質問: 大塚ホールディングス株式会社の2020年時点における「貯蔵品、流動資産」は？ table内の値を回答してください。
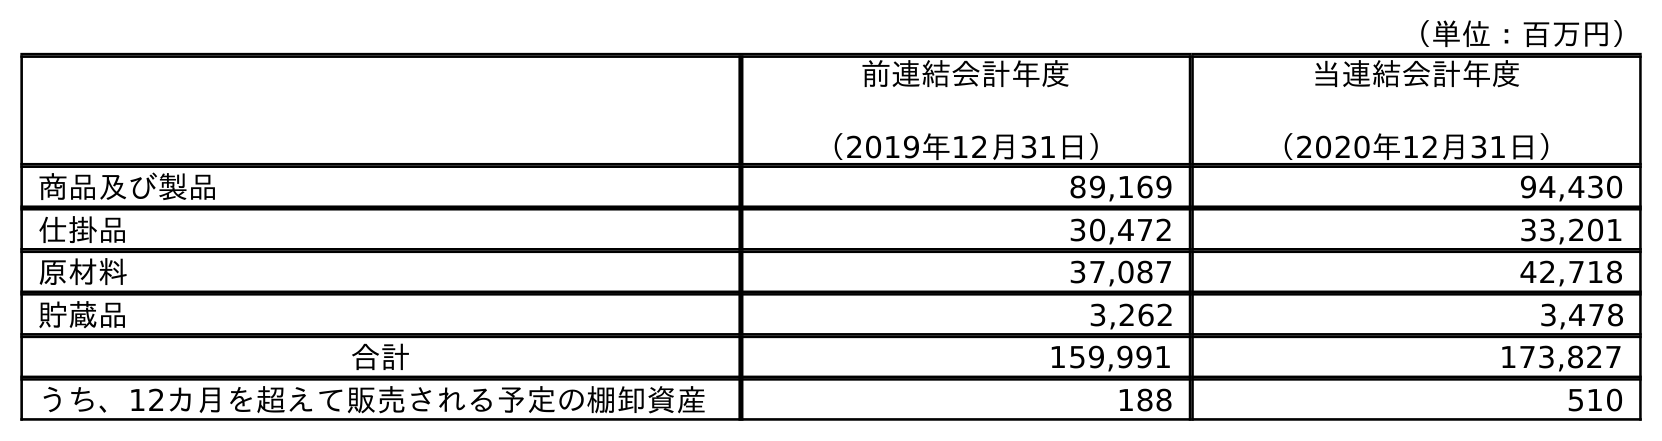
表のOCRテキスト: （単位：百万円） 前連結会計年度 （2019年12月31日） 当連結会計年度 （2020年12月31日） 商品及び製品 89,169 94,430 仕掛品 30,472 33,201 原材料 37,087 42,718 貯蔵品 3,262 3,478 合計 159,991 173,827 うち、12カ月を超えて販売される予定の棚卸資産 188 510
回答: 3,478